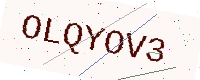
Text: OLQYOV3